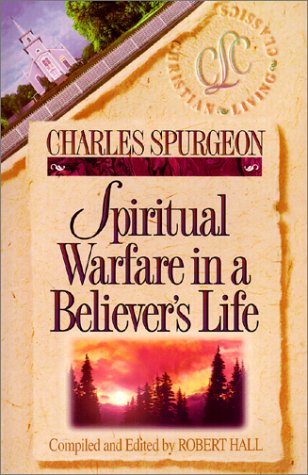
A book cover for Spiritual Warfare in a Believer's Life; C. H. Spurgeon; Christian Books & Bibles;